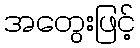
အတွေးဖြင့်